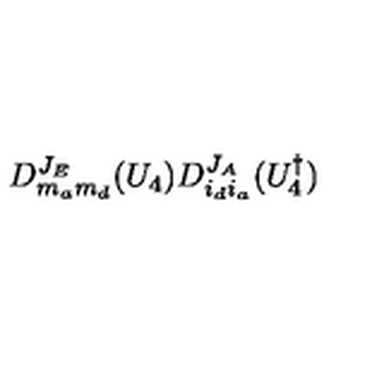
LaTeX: D _ { m _ { a } m _ { d } } ^ { J _ { E } } ( U _ { 4 } ) D _ { i _ { d } i _ { a } } ^ { J _ { A } } ( U _ { 4 } ^ { \dagger } )